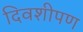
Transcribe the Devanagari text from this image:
दिवशीपण